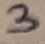
Text: 3